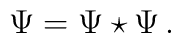
\Psi = \Psi \star \Psi\,.